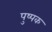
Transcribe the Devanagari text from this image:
पुष्‍पक